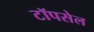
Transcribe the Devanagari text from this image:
टॉपसेल